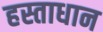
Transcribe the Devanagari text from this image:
हस्ताधान